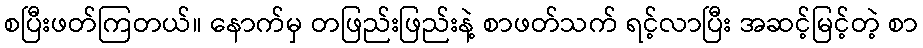
စပြီးဖတ်ကြတယ်။ နောက်မှ တဖြည်းဖြည်းနဲ့ စာဖတ်သက် ရင့်လာပြီး အဆင့်မြင့်တဲ့ စာ